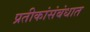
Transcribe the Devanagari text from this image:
प्रतीकांसंबंधात